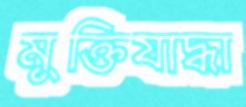
মুক্তিযাদ্ধা